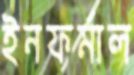
ইনফর্মাল